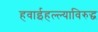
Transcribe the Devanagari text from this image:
हवाईहल्ल्याविरुद्ध